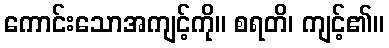
ကောင်းသောအကျင့်ကို။ စရတိ၊ ကျင့်၏။